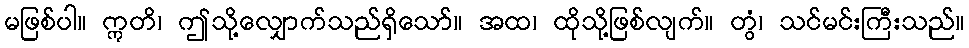
မဖြစ်ပါ။ ဣတိ၊ ဤသို့လျှောက်သည်ရှိသော်။ အထ၊ ထိုသို့ဖြစ်လျက်။ တွံ၊ သင်မင်းကြီးသည်။